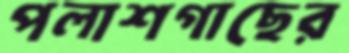
পলাশগাছের